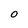
Character: O